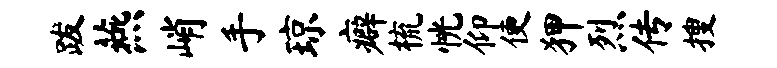
跋燕峭手琼癖梳恍仰便狎烈传搜